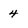
Character: 4